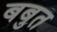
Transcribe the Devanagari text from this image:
बबुत